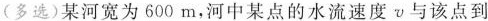
(多选)某河宽为600m，河中某点的水流速度v与该点到